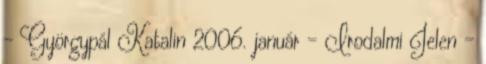
- Györgypál Katalin 2006. január - Irodalmi Jelen -